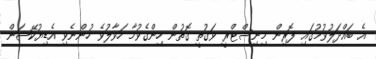
އެ ބައްދަލުވުމުގައި ފޮރިން މިނިސްޓްރީ ވަގުތީ ގޮތުން ހިންގެވުމާ ހަވާލުވެ ހުންނެވި އެޑިޔުކޭޝަން